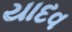
યાદવ